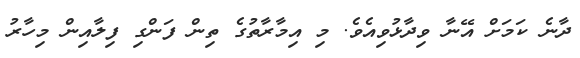
ދާނެ ކަމަށް އޭނާ ވިދާޅުވިއެވެ. މި އިމާރާތުގެ ތިން ފަންގި ފިލާއިން މިހާރު